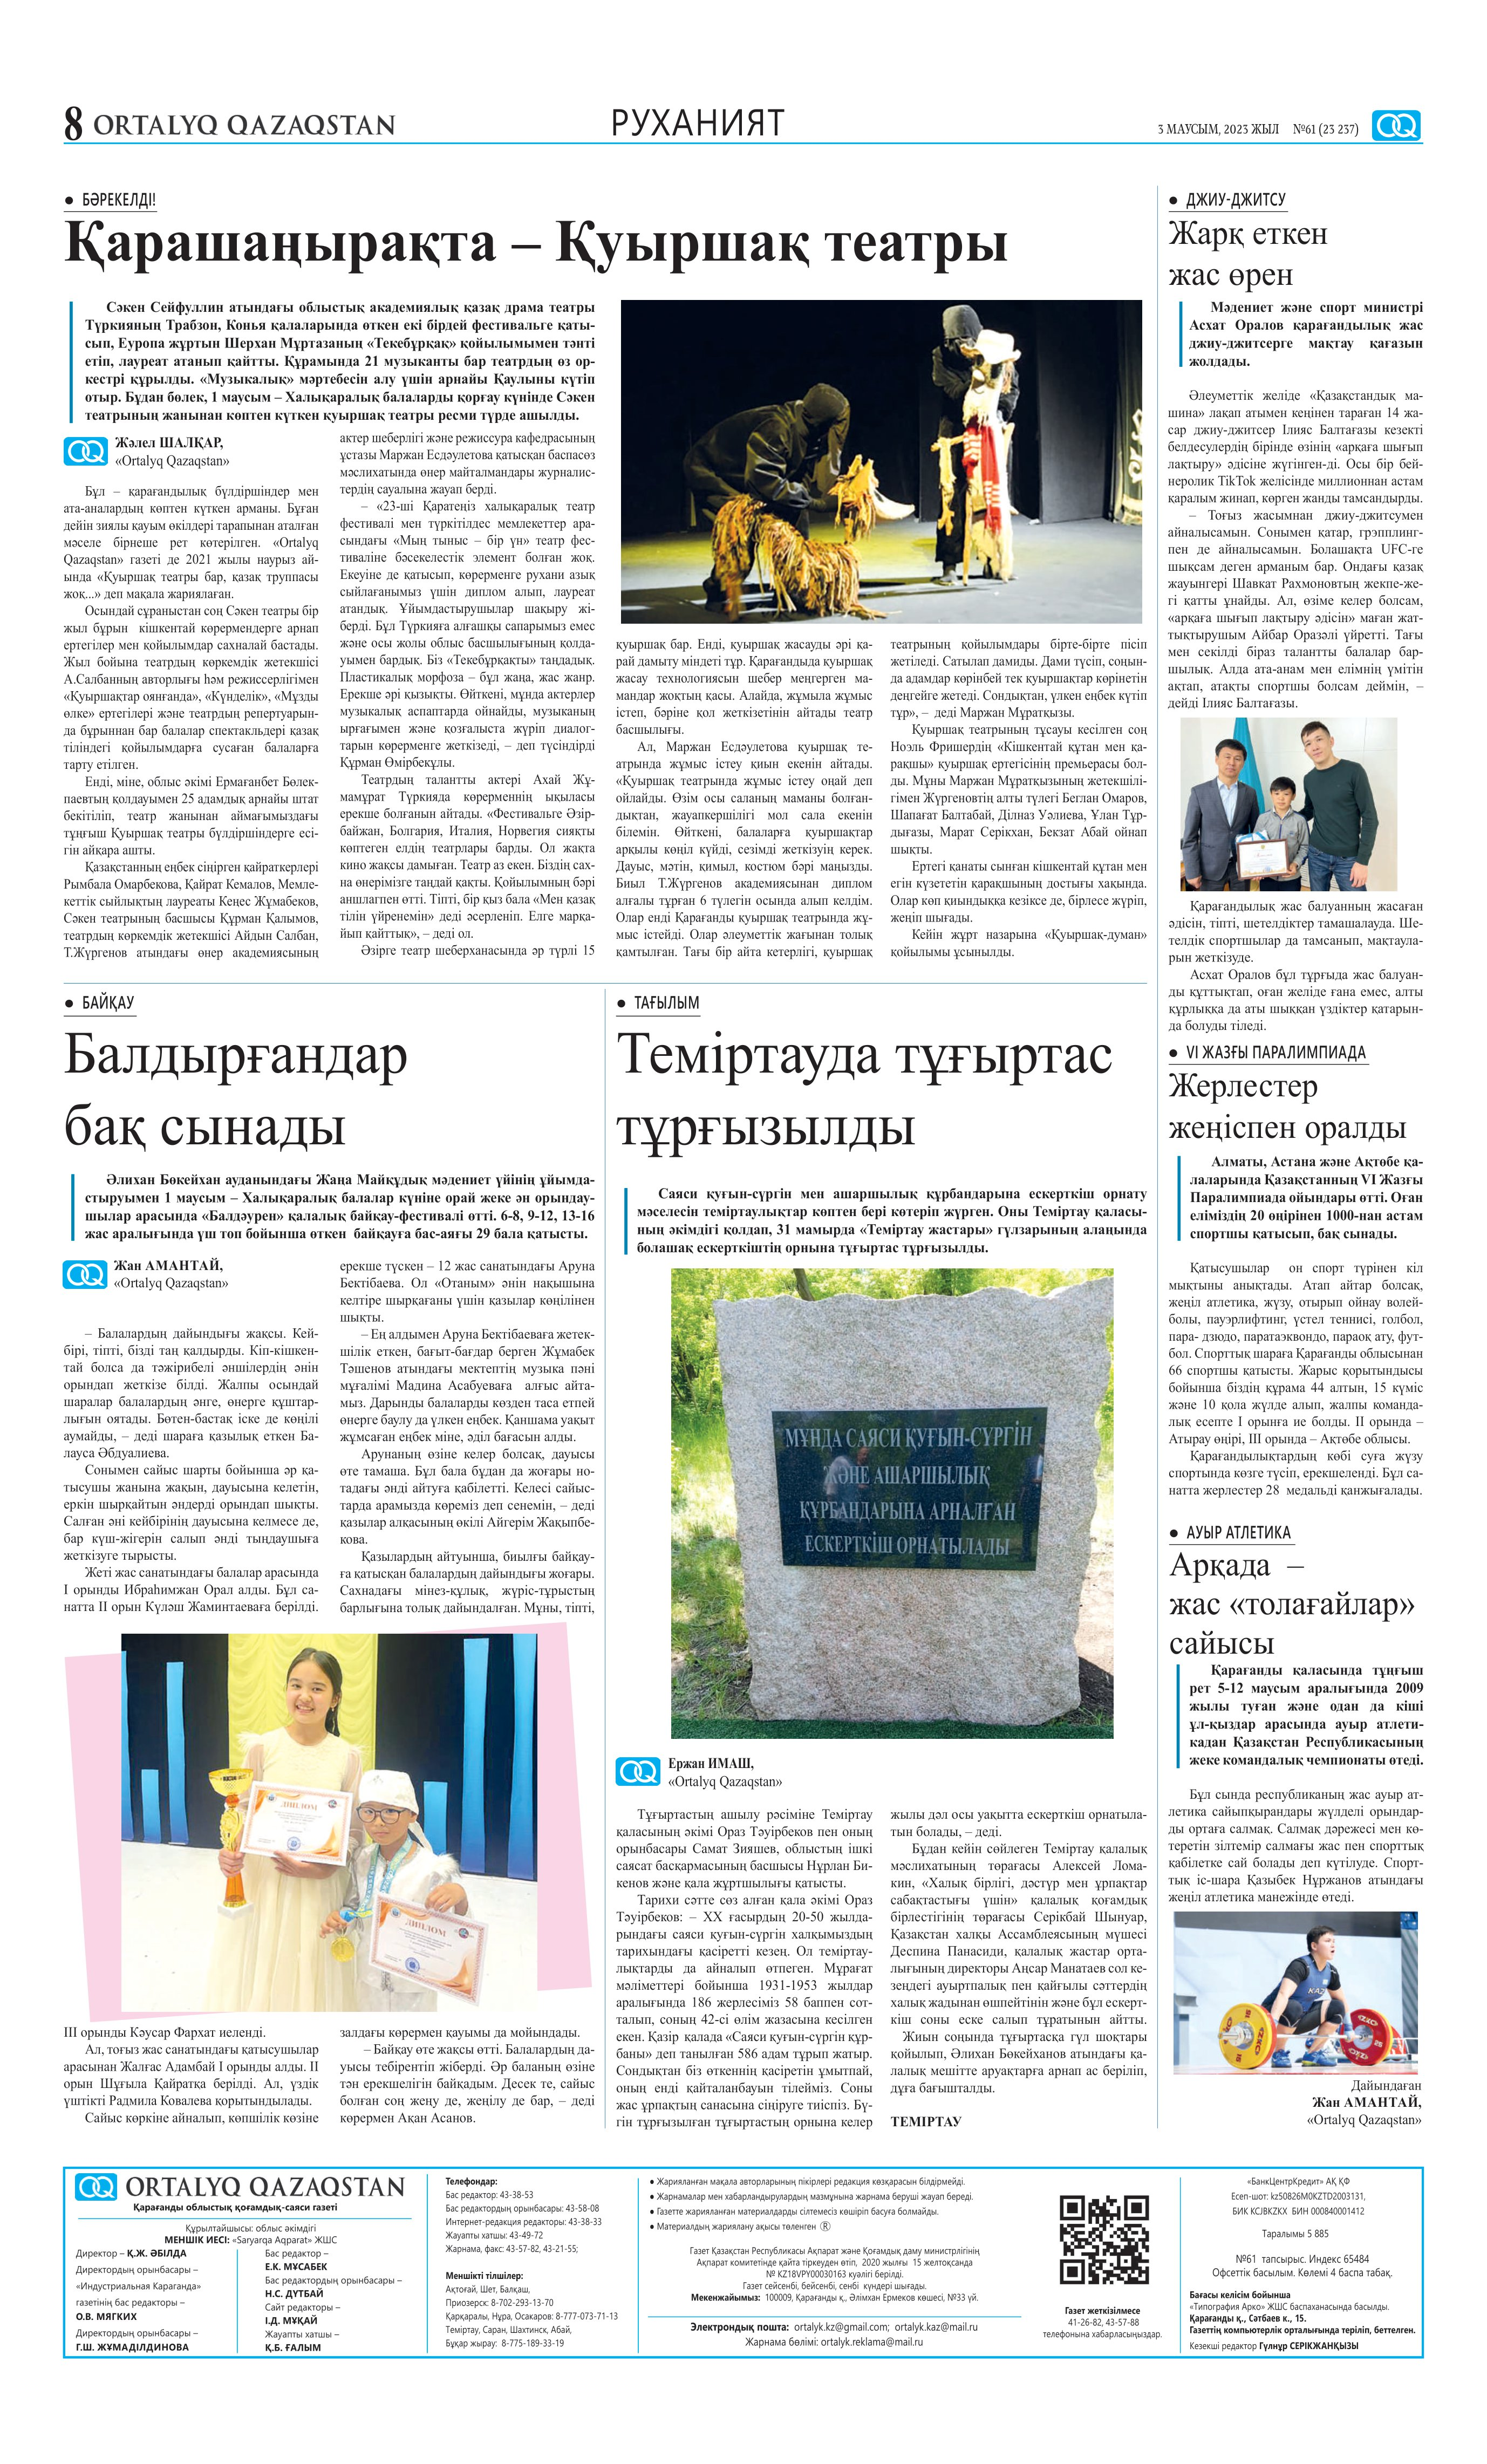
Language: kk